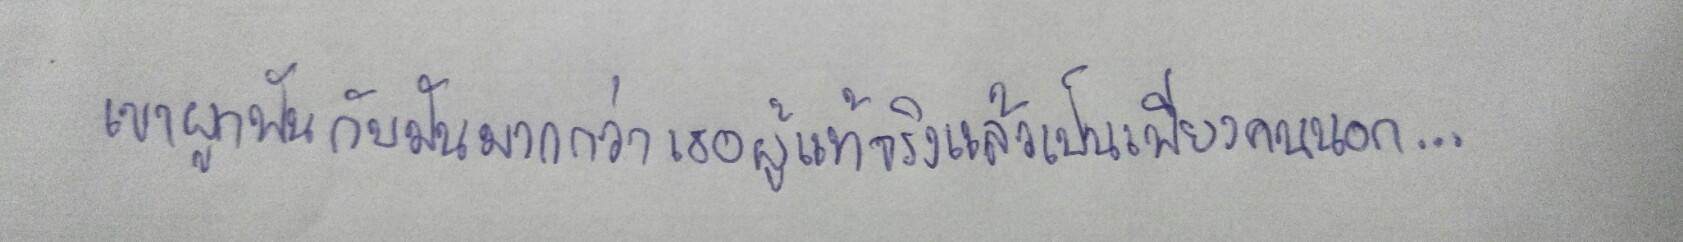
เขาผูกพันกับมันมากกว่าเธอผู้แท้จริงแล้วเป็นเพียงคนนอก...